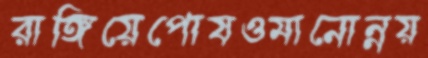
রাঙ্গিয়েপোষওমানোন্নয়